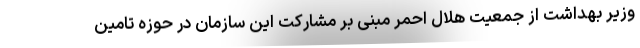
وزیر بهداشت از جمعیت هلال احمر مبنی بر مشارکت این سازمان در حوزه تامین